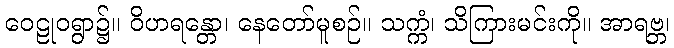
ဝေဠုဝရွာ၌။ ဝိဟရန္တော၊ နေတော်မူစဉ်။ သက္ကံ၊ သိကြားမင်းကို။ အာရဗ္ဘ၊